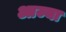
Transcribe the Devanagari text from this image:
आज्या